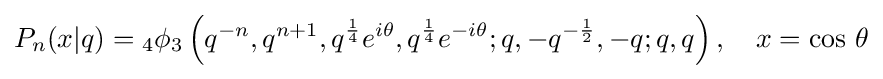
P_{n}(x|q)={}_{4}\phi _{3}\left(q^{-n},q^{n+1},q^{\frac {1}{4}}e^{i\theta },q^{\frac {1}{4}}e^{-i\theta };q,-q^{-{\frac {1}{2}}},-q;q,q\right),\quad x=\cos \,\theta